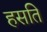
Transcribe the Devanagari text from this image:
हसति